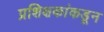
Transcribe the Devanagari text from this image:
प्रशिक्षकांकडून